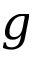
g